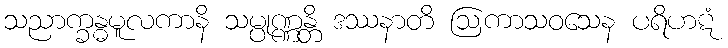
သညာက္ခန္ဓမူလကာနိ သမ္ပုဏ္ဏန္တိ ဒဿနာတိ ဩကာသဝသေန ပရိဟဋံ